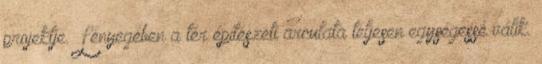
projektje. Lényegében a tér építészeti arculata teljesen egységessé válik.